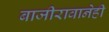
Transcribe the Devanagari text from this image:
बाजीरावानेही